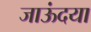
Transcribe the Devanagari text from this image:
जाऊंदया